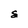
Character: S